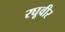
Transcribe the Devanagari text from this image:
रघूवीर